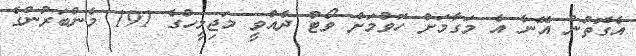
އެގޮތުން އޭނާ އެ މަގާމަށް ހޮވުމަށް ވޯޓު ދެއްވީ މަޖިލީހުގެ 191 މެންބަރުންގެ